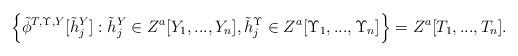
LaTeX: \begin{align*}\Big\{ \tilde{\phi}^{T, \Upsilon, Y}[ \tilde{h}_j^Y]: \tilde{h}_j^Y \in Z^a[Y_1, ..., Y_n], \tilde{h}_j^\Upsilon \in Z^a[\Upsilon_1, ..., \Upsilon_n] \Big\} = Z^a[T_1, ..., T_n]. \end{align*}